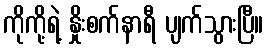
ကိုကို့ရဲ့ နှိုးစက်နာရီ ပျက်သွားပြီ။